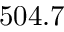
5 0 4 . 7